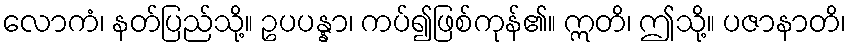
လောကံ၊ နတ်ပြည်သို့။ ဥပပန္နာ၊ ကပ်၍ဖြစ်ကုန်၏။ ဣတိ၊ ဤသို့။ ပဇာနာတိ၊